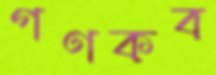
গণকব